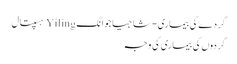
گردے کی بیماری - شاجیاجوانگ Yiling ہسپتال
گردوں کی بیماری کی وجہ